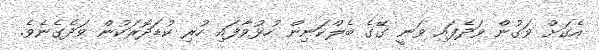
އެގަށް ވަގުން ވަދެފައި ވަނީ ގޭގެ ބެލްކަނިން ހުޅުވާފައި ހުރި ކުޑަދޮރަކުން ވަދެގެނެވެ.